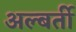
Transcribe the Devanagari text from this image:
अल्बर्ती